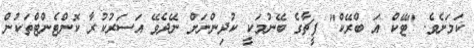
ކަމަށެވެ. "ޓޭކް އަ ބްރޭކް" ފީޗާގެ ބޭނުމަކީ ކުދިންނަށް ނޭދެވޭ އަސަރުކުރާ ކޮންޓެންޓްތަކުން